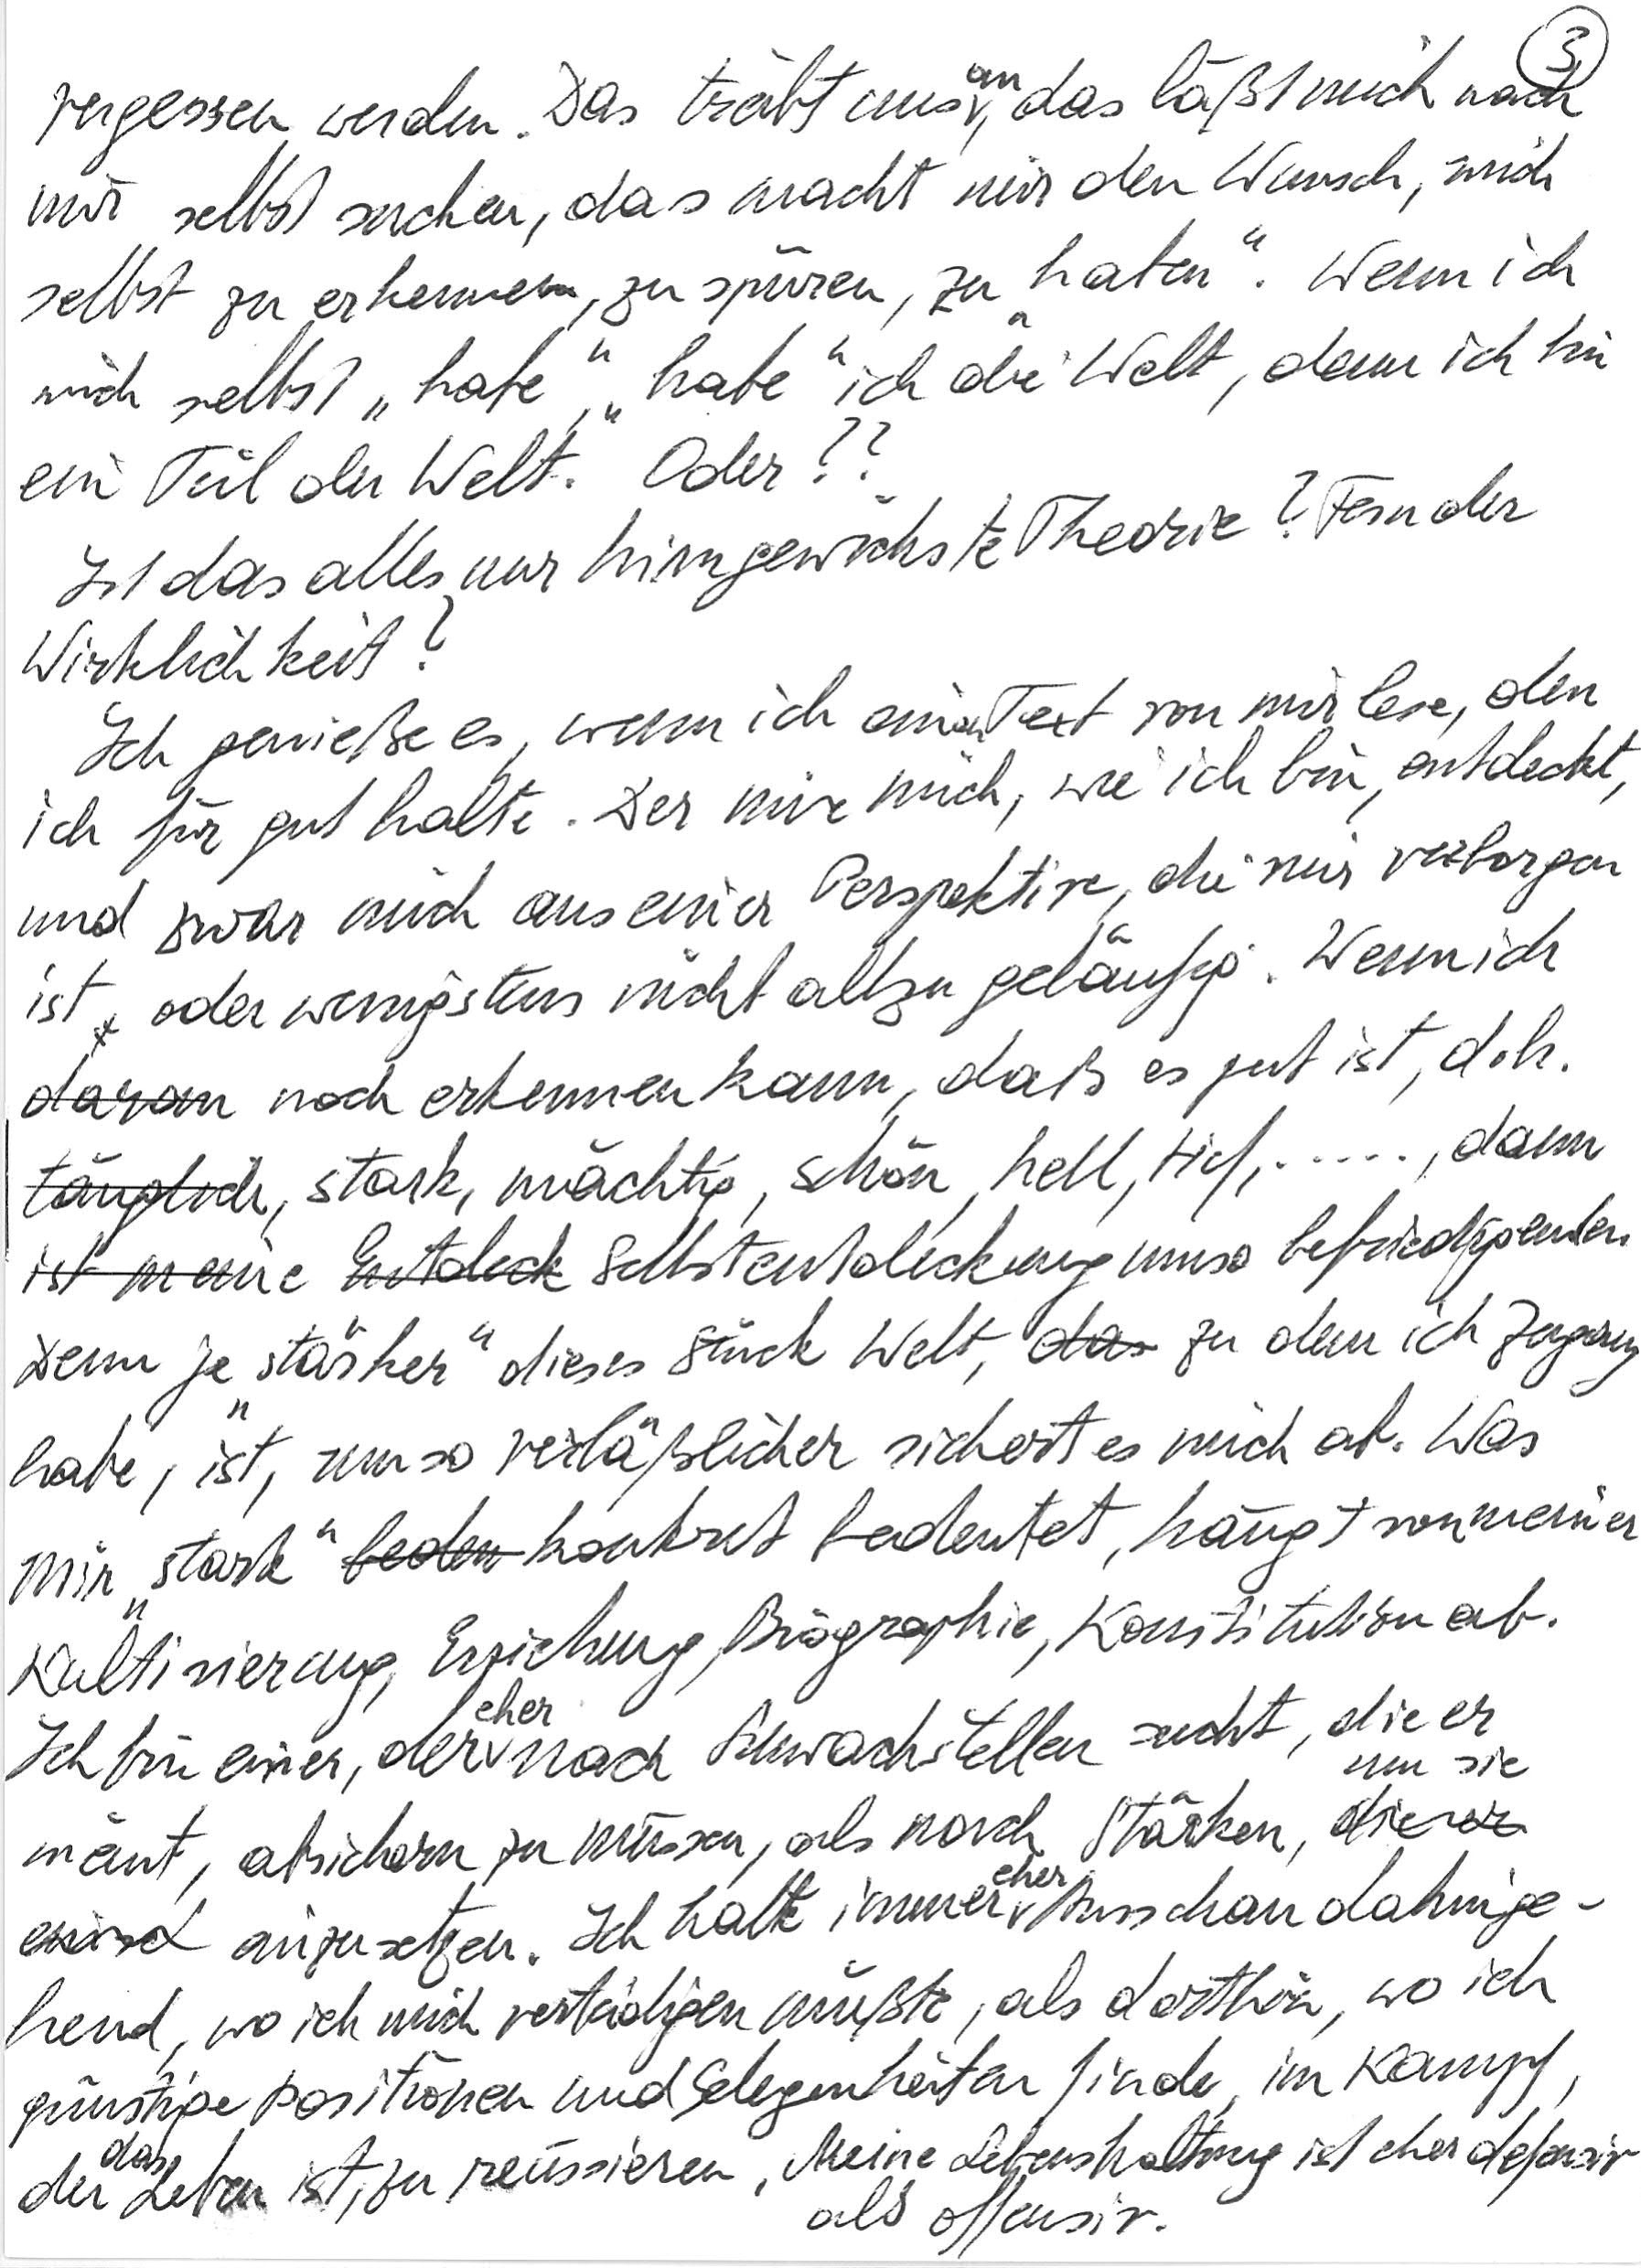
vergessen werden. Das treibt uns an, das läßt mich nach
mir selbst suchen, das macht mir den Wunsch, mich
selbst zu erkennen, zu spüren, zu „haben“. Wenn ich
mich selbst „habe“, „habe“ ich die Welt, denn ich bin
ein Teil der Welt. Oder??
Ist das alles nur hirngewichste Theorie? Fern der
Wirklichkeit?
Ich genieße es, wenn ich einen Text von mir lese, den
ich für gut halte. Der mir mich, wie ich bin, entdeckt,
und zwar mich aus einer Perspektive, die mir verborgen
ist oder wenigstens nicht allzu geläufig. Wenn ich
daran noch erkennen kann, daß es gut ist, d. h.
tauglich, stark, mächtig, schön, hell, tief, …, dann
ist meine Selbstentdeckung umso befriedigender.
Denn je „stärker“ dieses Stück Welt, zu dem ich Zugang
habe, ist, umso verläßlicher sichert es mich ab. Was
mir „stark“ konkret bedeutet, hängt von meiner
Kultivierung, Erziehung, Biographie, Konstitution ab.
Ich bin einer, der eher nach Schwachstellen sucht, die er
meint, absichern zu müssen, als nach Stärken, um sie
einzusetzen. Ich halte immer eher Ausschau dahinge-
hend, wo ich mich verteidigen müßte, als dorthin, wo ich
günstige Positionen und Gelegenheiten finde, im Kampf,
der das Leben ist, zu reüssieren. Meine Lebenshaltung ist eher defensiv
als offensiv.